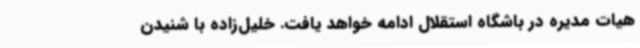
هیات مدیره در باشگاه استقلال ادامه خواهد یافت. خلیل‌زاده با شنیدن